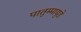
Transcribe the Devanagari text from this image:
पातुम्मायुडे